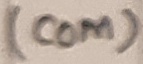
Text: (COM)